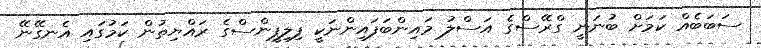
ސަބަބެއް ކަމަށް ބުނަނީ ގްރޭސްގެ އަސްލު މައިންބަފައިންނަކީ ފިލިޕީންސްގެ ރައްޔިތުން ކަމުގައި އެނގޭނޭ